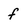
Character: f